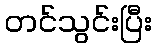
တင်သွင်းပြီး